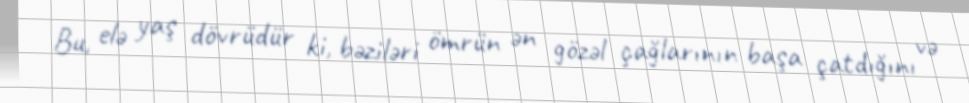
Bu, elə yaş dövrüdür ki, bəziləri ömrün ən gözəl çağlarının başa çatdığını və